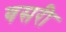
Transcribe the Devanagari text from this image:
यसरी